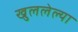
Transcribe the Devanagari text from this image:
खुललेल्या